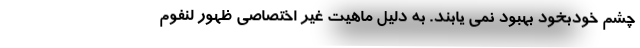
چشم خودبخود بهبود نمی یابند. به دلیل ماهیت غیر اختصاصی ظهور لنفوم